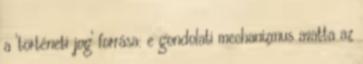
a ‘történeti jog’ forrása: e gondolati mechanizmus avatta az